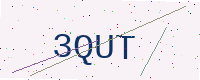
Text: 3QUT